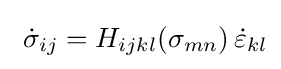
\,\,{\dot {\sigma }}_{ij}=H_{ijkl}(\sigma _{mn})\,{\dot {\varepsilon }}_{kl}